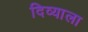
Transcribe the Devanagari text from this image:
दिव्याला